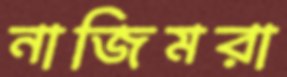
নাজিমরা